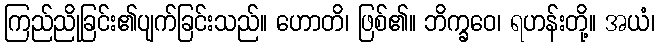
ကြည်ညိုခြင်း၏ပျက်ခြင်းသည်။ ဟောတိ၊ ဖြစ်၏။ ဘိက္ခဝေ၊ ရဟန်းတို့။ အယံ၊